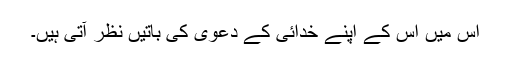
اس میں اس کے اپنے خدائی کے دعویٰ کی باتیں نظر آتی ہیں۔